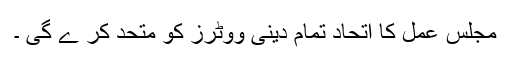
مجلس عمل کا اتحاد تمام دینی ووٹرز کو متحد کر ے گی ۔